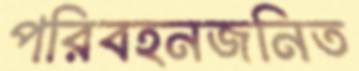
পরিবহনজনিত